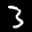
Label: 3